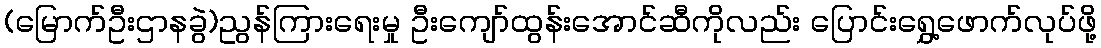
(မြောက်ဦးဌာနခွဲ)ညွန်ကြားရေးမှု ဦးကျော်ထွန်းအောင်ဆီကိုလည်း ပြောင်းရွှေ့ဖောက်လုပ်ဖို့